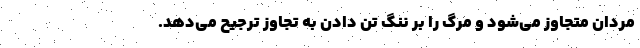
مردان متجاوز می‌شود و مرگ را بر ننگ تن دادن به تجاوز ترجیح می‌دهد.